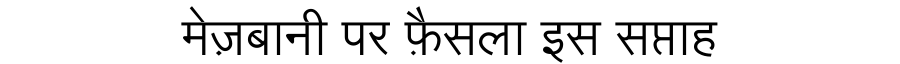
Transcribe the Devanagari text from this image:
मेज़बानी पर फ़ैसला इस सप्ताह